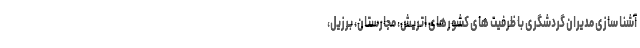
آشنا سازی مدیران گردشگری با ظرفیت های کشورهای اتریش، مجارستان، برزیل،